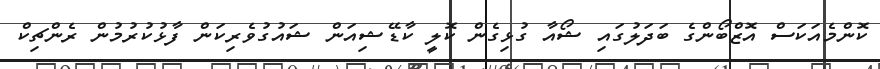
ކޮންމެއަކަސް އޮޒްބޯންގެ ބަދަލުގައި ޝޯއާ ގުޅިގެން ކޮލީ ކާޑޭޝިއަން ޝައުގުވެރިކަން ފާޅުކުރުމުން ރެންޗިކް